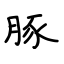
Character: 豚